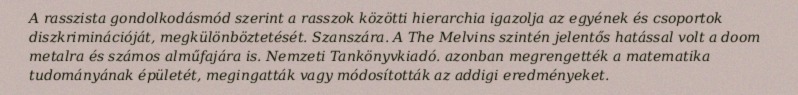
A rasszista gondolkodásmód szerint a rasszok közötti hierarchia igazolja az egyének és csoportok diszkriminációját, megkülönböztetését. Szanszára. A The Melvins szintén jelentős hatással volt a doom metalra és számos alműfajára is. Nemzeti Tankönyvkiadó. azonban megrengették a matematika tudományának épületét, megingatták vagy módosították az addigi eredményeket.